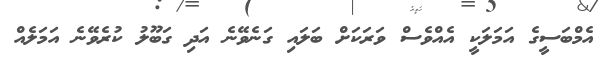
އެމްބަސީގެ އަމަލަކީ އެއްވެސް ވަރަކަށް ބަލައި ގަނެވޭނެ އަދި ގަބޫލު ކުރެވޭނެ އަމަލެއް